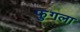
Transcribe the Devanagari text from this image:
फुगला